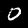
Label: 0